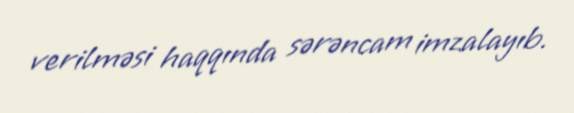
verilməsi haqqında sərəncam imzalayıb.